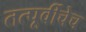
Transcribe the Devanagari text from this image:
तत्पूर्वीचेच